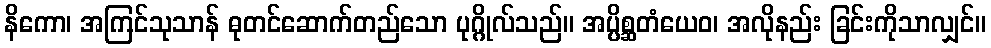
နိကော၊ အကြင်သုသာန် ဓုတင်ဆောက်တည်သော ပုဂ္ဂိုလ်သည်။ အပ္ပိစ္ဆတံယေဝ၊ အလိုနည်း ခြင်းကိုသာလျှင်။